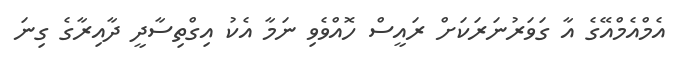
އެމްއެމްއޭގެ އާ ގަވަރުނަރަކަށް ރައީސް ހޮއްވެވި ނަމާ އެކު އިގްތިސާދީ ދާއިރާގެ ގިނަ